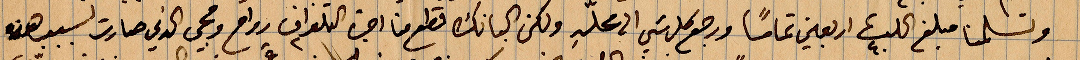
وتسلمنا مبلغ ٤٠ ... أربعين تمامًا ورجع كل شيء الى محلّه لكن البانك قطع منا اجرة التلغراف وراح ويجي الذي صارت لسبب هذه